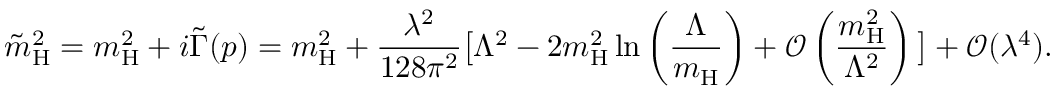
\tilde { m } _ { \mathrm { H } } ^ { 2 } = m _ { \mathrm { H } } ^ { 2 } + i \tilde { \Gamma } ( p ) = m _ { \mathrm { H } } ^ { 2 } + \frac { \lambda ^ { 2 } } { 1 2 8 \pi ^ { 2 } } \big [ \Lambda ^ { 2 } - 2 m _ { \mathrm { H } } ^ { 2 } \ln \left( \frac { \Lambda } { m _ { \mathrm { H } } } \right) + \mathcal { O } \left( \frac { m _ { \mathrm { H } } ^ { 2 } } { \Lambda ^ { 2 } } \right) \big ] + \mathcal { O } ( \lambda ^ { 4 } ) .